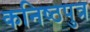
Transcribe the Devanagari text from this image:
कनिष्ठपुत्र